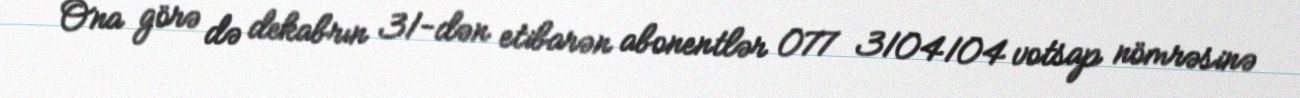
Ona görə də dekabrın 31-dən etibarən abonentlər 077 3104104 votsap nömrəsinə